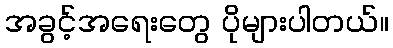
အခွင့်အရေးတွေ ပိုများပါတယ်။